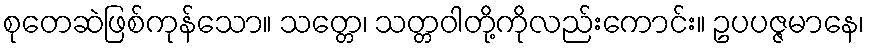
စုတေဆဲဖြစ်ကုန်သော။ သတ္တေ၊ သတ္တဝါတို့ကိုလည်းကောင်း။ ဥပပဇ္ဇမာနေ၊